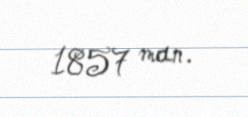
1857 man.